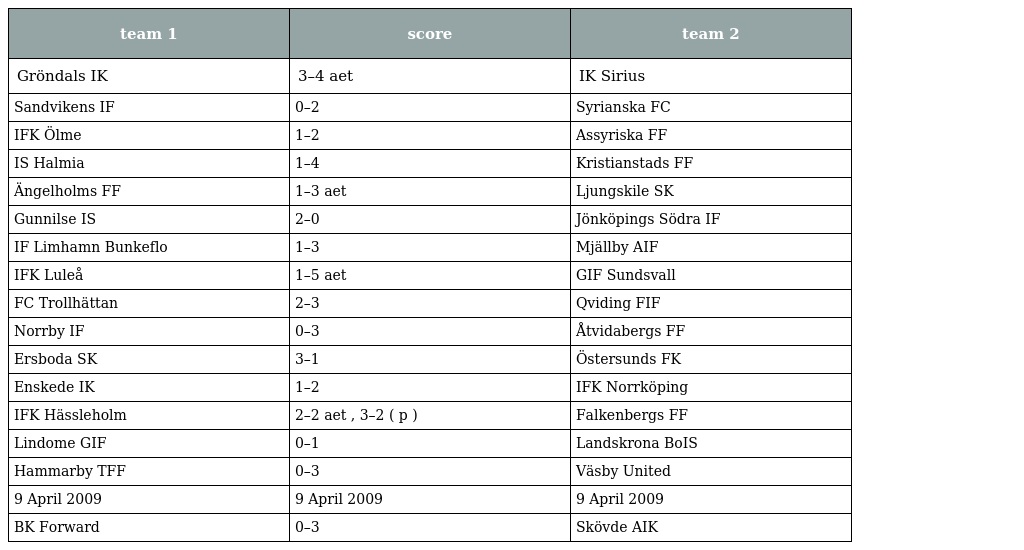
| team 1 | score | team 2 |
 | --- | --- | --- |
 | Gröndals IK | 3–4 aet | IK Sirius |
 | Sandvikens IF | 0–2 | Syrianska FC |
 | IFK Ölme | 1–2 | Assyriska FF |
 | IS Halmia | 1–4 | Kristianstads FF |
 | Ängelholms FF | 1–3 aet | Ljungskile SK |
 | Gunnilse IS | 2–0 | Jönköpings Södra IF |
 | IF Limhamn Bunkeflo | 1–3 | Mjällby AIF |
 | IFK Luleå | 1–5 aet | GIF Sundsvall |
 | FC Trollhättan | 2–3 | Qviding FIF |
 | Norrby IF | 0–3 | Åtvidabergs FF |
 | Ersboda SK | 3–1 | Östersunds FK |
 | Enskede IK | 1–2 | IFK Norrköping |
 | IFK Hässleholm | 2–2 aet , 3–2 ( p ) | Falkenbergs FF |
 | Lindome GIF | 0–1 | Landskrona BoIS |
 | Hammarby TFF | 0–3 | Väsby United |
 | 9 April 2009 | 9 April 2009 | 9 April 2009 |
 | BK Forward | 0–3 | Skövde AIK |